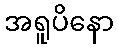
အရူပိနော